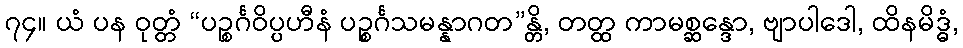
၇၄။ ယံ ပန ဝုတ္တံ “ပဉ္စင်္ဂဝိပ္ပဟီနံ ပဉ္စင်္ဂသမန္နာဂတ”န္တိ, တတ္ထ ကာမစ္ဆန္ဒော, ဗျာပါဒေါ, ထိနမိဒ္ဓံ,